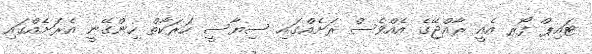
ޓައިޕް ފޯރ އެއީ ރާއްޖޭގެ އެއްވެސް ރަށެއްގައި ސިޔާސީ ހަރަކާތް ހިންގޭނީ އެރަށެއްގައި